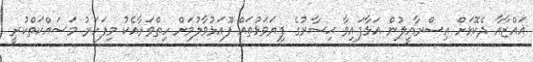
ޣައްޒާއާ ދެކޮޅަށް އިސްރާއީލުން އަޅާފައިވާ ޙިސާރުގެ ފިޔަވަޅުތައް ފޫއަޅުވާލުމަށް ހިތްވަރާއެކު މިފަހަރު މަސައްކަތްކުރީ